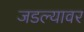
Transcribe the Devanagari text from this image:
जडल्यावर